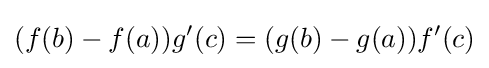
(f(b)-f(a))g'(c)=(g(b)-g(a))f'(c)